King Institute of Preventive Medicine Micro-Biological Section reports 1912-19
Year: 1912
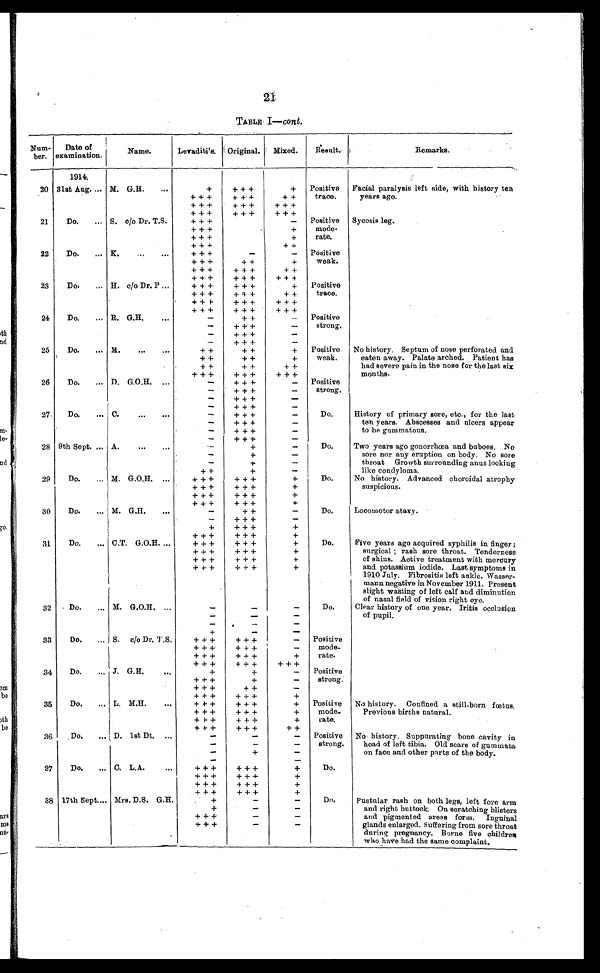
21
TABLE I—cont.
Num-
ber.
Date of
examination.
Name.
Levaditi's. Original.
Mixed.
Result.
Remarks.
1914.
20 31st Aug. ... M. G.H.
...
+
+ + +
+
Positive
trace.
Facial paralysis left side, with history ten
years ago.
+ + +
+ + +
+ +
+++
+++
+++
+++
+++
+++
21
Do.
... S. c/o Dr. T.S.
+ + +
- Positive
mode-
rate.
Sycosis leg.
+ + +
+
+ + +
+
+++
++
22
Do.
... K. ...
+ + +
-
-
Positive
weak.
+ + +
+ +
+
+++
+++
++
+++
+++
+++
23
Do.
... H. c/o Dr. P
+ + +
+ + +
+
Positive
trace.
+++
+++
++
+ + +
+ + +
+ + +
+++
+ + +
+++
24
Do,
... R. G.H,
...
-
+ +
-
Positive
strong.
-
+ + +
-
-
+++
-
-
+++
-
25
Do.
... M.
...
...
+ +
+ +
+
Positive
weak.
No history. Septum of nose perforated and
eaten away. Palate arched. Patient has
had severe pain in the nose for the last six
months.
+ +
+ +
+
+ +
+ +
+ +
+++
+++
+++
26
Do.
... D. G.O.H. ...
-
+ + +
-
Positive
strong. 1
-
+ + +
-
-
+++
-
-
+ + +
27.
Do.
... C.
...
...
-
+ + +
-
Do.
Do.
History of primary sore, etc., for the last
ten years. Abscesses and ulcers appear
to be gummatous.
Two years ago gonorrhoea and buboes. No
sore nor any eruption on body. No sore
throat Growth surrounding anus looking
like conclyloma.
-
+ + +
-
-
+ + +
-
-
+ + +
-
28 9th Sept. ,.. A.
...
.
-
+
-
-
+
-
-
+
-
+ +
+
-
29
Do.
... M. G.O.H. ...
+ + +
+ + +
+
Do.
No history. Advanced choroidal atrophy
suspicious.
+ + +
+ + +
+
+++
+++
+
+++
+++
+
30
Do.
... M. G.H.
...
-
+ +
-
Do.
Locomotor ataxy.
-
+++
-
+
+++
+
+++
+++
+
31
Do.
... C.T. G.O.H. ..
+ + +
+ + +
+
Do.
Five years ago acquired syphilis in finger ;
surgical ; rash sore throat. Tenderness
of shins. Active treatment with mercury
and potassium iodide. Last symptoms in
1910 July. Fibrositis left ankle. Wasser-
mann negative in November 1911. Present
slight wasting of left calf and diminution
of nasal field of vision right eye.
+ + +
+ + +
+
+ + +
+ + +
+
+ + +
+ + +
+
32
Do.
... M. G.O.H. ...
-
-
-
Do.
Clear history of one year. Iritis occlusion
of pupil.
-
-
-
-
-
-
+
-
-
33
Do.
S. c/o Dr. T.S.
+ + +
+ + +
-
Positive
mode-
rate.
+++
+++
-
+ + +
+++
+
+++
+++
+++
34
Do.
... J, G.H.
..
+
+
-
Positive
strong.
+ + +
+
-
+ + +
+ +
-
+++
+++
+
35
Do.
... L. M.H.
...
+ + +
+ + +
+
Positive
mode-
rate.
No history. Confined a still-born f oetus.
Previous births natural.
+ + +
+ + +
+
+ + +
+++
+
+++
+++
++
36
Do.
D. 1st Dt, ...
-
-
-
Positive
strong.
No history. Suppurating bone cavity in
head of left tibia. Old scars of gummata
on face and other parts of the body.
...
-
-
-
-
+
-
- -
-
37
Do.
... C. L.A.
...
+ + +
+ + +
+
Do.
+++
+++
+
+++
+++
+
+++
+++
+
38
17th Sept.... Mrs. D.S. G.H.
+
-
-
Do.
Pustular rash on both legs, left fore arm
and right buttock. On scratching blisters
and pigmented areas form. Inguinal
glands enlarged. Suffering from sore throat
during pregnancy. Borne five children
who have had the same complaint.
+
-
-
+ + +
-
-
+ + +
-
-